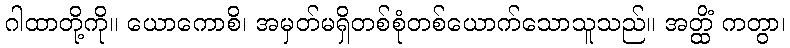
ဂါထာတို့ကို။ ယောကောစိ၊ အမှတ်မရှိတစ်စုံတစ်ယောက်သောသူသည်။ အတ္ထိံ ကတွာ၊